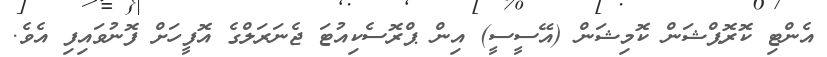
އެންޓި ކޮރޮޕްޝަން ކޮމިޝަން (އޭސީސީ) އިން ޕްރޮސެކިއުޓަ ޖެނަރަލްގެ އޮފީހަށް ފޮނުވައިފި އެވެ.